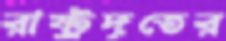
রাষ্ট্রদূতের